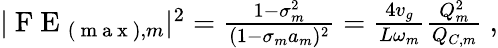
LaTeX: \begin{array}{r}{|\mathrm{~F~E~}_{(\mathrm{~m~a~x~}),m}|^{2}=\frac{1-\sigma_{m}^{2}}{(1-\sigma_{m}a_{m})^{2}}=\frac{4v_{g}}{L\omega_{m}}\frac{Q_{m}^{2}}{Q_{C,m}}\ ,}\end{array}